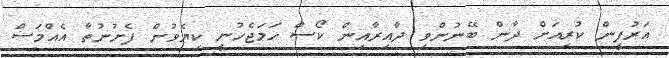
އަރުފީން ކުރިއަށް ދާން ބޭނުންވި ދާއިރާއިން ކޯސް ހަމަޖެހުނީ ކިޔެވުން ފެށުނުތާ އެއްމަސް